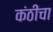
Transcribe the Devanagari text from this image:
कंठींचा